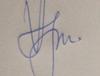
Signature authenticity: genuine